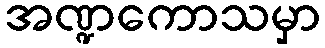
အဏ္ဍကောသမှာ